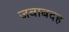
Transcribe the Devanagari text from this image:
जवाबदह